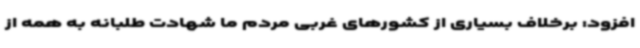
افزود: برخلاف بسیاری از کشورهای غربی مردم ما شهادت طلبانه به همه از